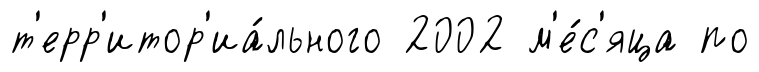
т'ерр'итор'иа́льного 2002 м'е́с'яца по